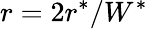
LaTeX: r=2r^{*}/W^{*}